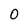
Character: O